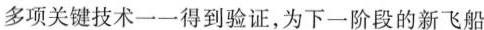
多项关键技术一一得到验证，为下一阶段的新飞船